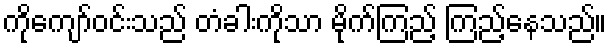
ကိုကျော်ဝင်းသည် တံခါးကိုသာ မိုက်ကြည့် ကြည့်နေသည်။